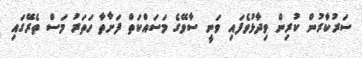
ސަރުކާރުން ކުރިން ވިދާޅުވެފައި ވަނީ ސާވޭގެ މަސައްކަތް ފަށާތާ ހަތަރު މަސް ތެރޭގައި